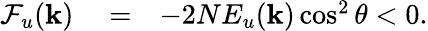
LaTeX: \begin{array}{rlr}{\mathcal{F}_{u}({\mathbf k})}&{{}=}&{-2NE_{u}({\mathbf k})\cos^{2}\theta<0.}\end{array}